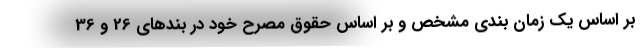
بر اساس یک زمان بندی مشخص و بر اساس حقوق مصرح خود در بندهای 26 و 36